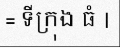
= ទីក្រុង ធំ |